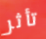
تأثر